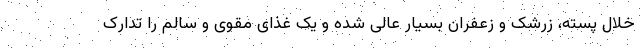
خلال پسته، زرشک و زعفران بسیار عالی شده و یک غذای مقوی و سالم را تدارک